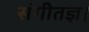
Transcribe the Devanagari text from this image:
संगीतज्ञ।